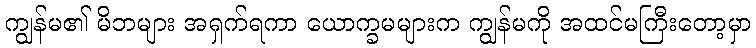
ကျွန်မ၏ မိဘများ အရှက်ရကာ ယောက္ခမများက ကျွန်မကို အထင်မကြီးတော့မှာ